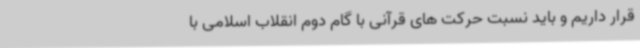
قرار داریم و باید نسبت حرکت های قرآنی با گام دوم انقلاب اسلامی با